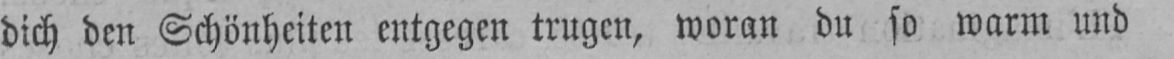
dich den Schönheiten entgegen trugen, woran du so warm und